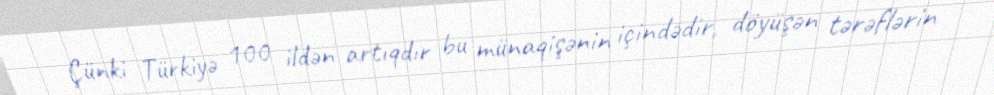
Çünki Türkiyə 100 ildən artıqdır bu münaqişənin içindədir, döyüşən tərəflərin